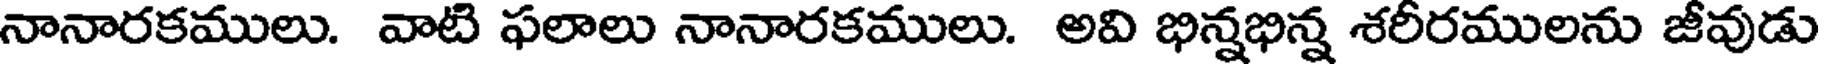
నానారకములు. వాటి ఫలాలు నానారకములు. అవి భిన్నభిన్న శరీరములను జీవుడు